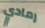
رمادي